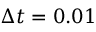
\Delta t = 0 . 0 1